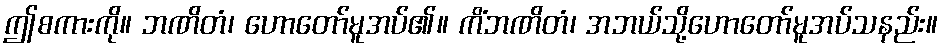
ဤစကားကို။ ဘဏိတံ၊ ဟောတော်မူအပ်၏။ ကိံဘဏိတံ၊ အဘယ်သို့ဟောတော်မူအပ်သနည်း။